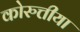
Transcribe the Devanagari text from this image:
कोरुत्तीया